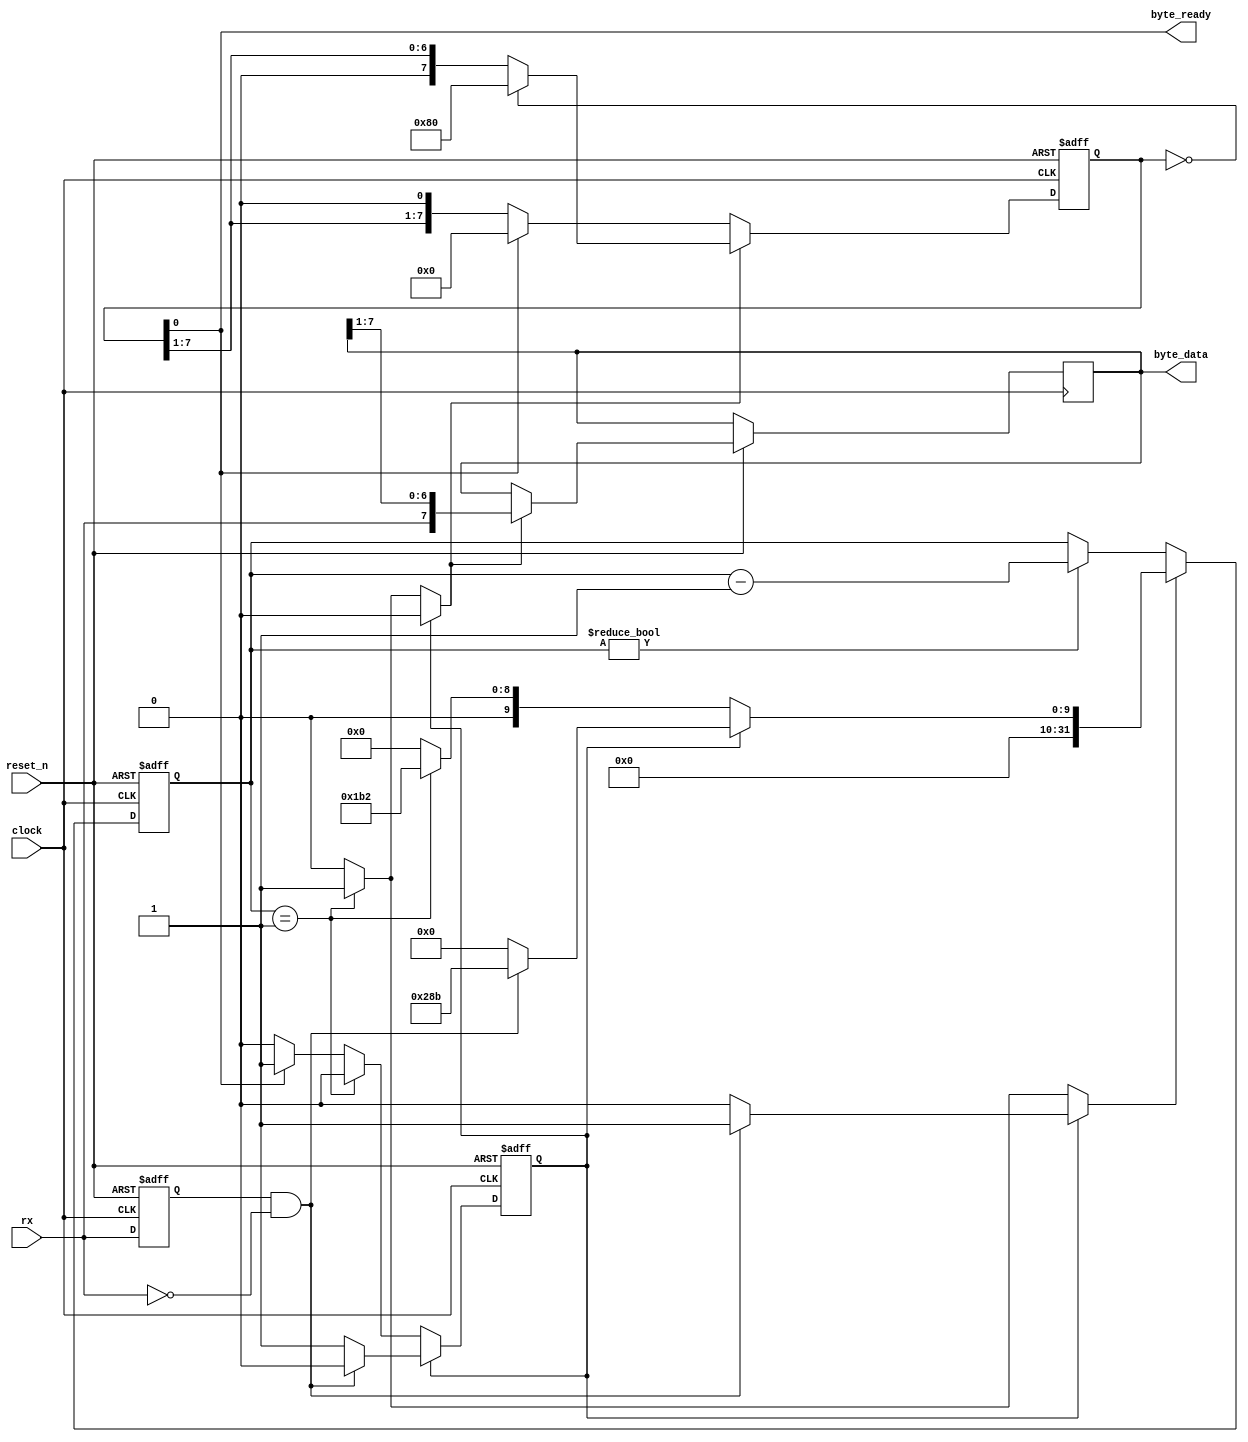
module uart_receiver
(
    input  clock,
    input  reset_n,
    input  rx,
    output reg [7:0] byte_data,
    output           byte_ready
);

    parameter  clock_frequency        = 50000000;
    parameter  baud_rate              = 115200;
    localparam clock_cycles_in_symbol = clock_frequency / baud_rate;

    // Finding edge for start bit

    reg prev_rx;

    always @(posedge clock or negedge reset_n)
    begin
        if (! reset_n)
            prev_rx <= 1;
        else
            prev_rx <= rx;
    end

    wire start_bit_edge = prev_rx & ! rx;

    // Counter to measure distance between symbols

    reg [31:0] counter;
    reg        load_counter;
    reg [31:0] load_counter_value;

    always @(posedge clock or negedge reset_n)
    begin
        if (! reset_n)
            counter <= 0;
        else if (load_counter)
            counter <= load_counter_value;
        else if (counter != 0)
            counter <= counter - 1;
    end

    wire counter_done = counter == 1;

    // Shift register to accumulate data

    reg       shift;
    reg [7:0] shifted_1;
    assign    byte_ready = shifted_1 [0];

    always @ (posedge clock or negedge reset_n)
    begin
        if (! reset_n)
        begin
            shifted_1 <= 0;
        end
        else if (shift)
        begin
            if (shifted_1 == 0)
                shifted_1 <= 8'b10000000;
            else
                shifted_1 <= shifted_1 >> 1;

            byte_data <= { rx, byte_data [7:1] };
        end
        else if (byte_ready)
        begin
            shifted_1 <= 0;
        end
    end

    reg idle, idle_r;

    always @*
    begin
        idle  = idle_r;
        shift = 0;

        load_counter        = 0;
        load_counter_value  = 0;

        if (idle)
        begin
            if (start_bit_edge)
            begin
                load_counter       = 1;
                load_counter_value = clock_cycles_in_symbol * 3 / 2;
           
                idle = 0;
            end
        end
        else if (counter_done)
        begin
            shift = 1;

            load_counter       = 1;
            load_counter_value = clock_cycles_in_symbol;
        end
        else if (byte_ready)
        begin
            idle = 1;
        end
    end

    always @ (posedge clock or negedge reset_n)
    begin
        if (! reset_n)
            idle_r <= 1;
        else
            idle_r <= idle;
    end

endmodule

//--------------------------------------------------------------------

module single_digit_display
(
    input      [3:0] digit,
    output reg [6:0] seven_segments
);

    always @*
        case (digit)
        'h0: seven_segments = 'b1000000;  // a b c d e f g
        'h1: seven_segments = 'b1111001;
        'h2: seven_segments = 'b0100100;  //   --a--
        'h3: seven_segments = 'b0110000;  //  |     |
        'h4: seven_segments = 'b0011001;  //  f     b
        'h5: seven_segments = 'b0010010;  //  |     |
        'h6: seven_segments = 'b0000010;  //   --g--
        'h7: seven_segments = 'b1111000;  //  |     |
        'h8: seven_segments = 'b0000000;  //  e     c
        'h9: seven_segments = 'b0011000;  //  |     |
        'ha: seven_segments = 'b0001000;  //   --d-- 
        'hb: seven_segments = 'b0000011;
        'hc: seven_segments = 'b1000110;
        'hd: seven_segments = 'b0100001;
        'he: seven_segments = 'b0000110;
        'hf: seven_segments = 'b0001110;
        endcase

endmodule

//--------------------------------------------------------------------

module de0_cv_user
(
    input         CLOCK_50,
    input         RESET_N,
    input  [ 3:0] KEY,
    input  [ 9:0] SW,
    output [ 9:0] LEDR,
    output [ 6:0] HEX0,
    output [ 6:0] HEX1,
    output [ 6:0] HEX2,
    output [ 6:0] HEX3,
    output [ 6:0] HEX4,
    output [ 6:0] HEX5,
    inout  [35:0] GPIO_0,
    inout  [35:0] GPIO_1
);

    wire uart_rx = GPIO_1 [31];

    assign LEDR = { 10 { uart_rx } };
    
    wire [7:0] new_byte_data;
    wire       new_byte_ready;

    uart_receiver uart_receiver
    (
        .clock      ( CLOCK_50       ),
        .reset_n    ( RESET_N        ),
        .rx         ( uart_rx        ),
        .byte_data  ( new_byte_data  ),
        .byte_ready ( new_byte_ready )
    );                     

    reg [7:0] byte_data;
    reg [7:0] byte_data_1;
    reg [7:0] byte_data_2;

    always @ (posedge CLOCK_50 or negedge RESET_N)
    begin
        if (! RESET_N)
        begin
            byte_data   <= 0;
            byte_data_1 <= 0;
            byte_data_2 <= 0;
        end
        else if (new_byte_ready)
        begin
            byte_data   <= new_byte_data;
            byte_data_1 <= byte_data;
            byte_data_2 <= byte_data_1;
        end
    end

    single_digit_display digit_0 (byte_data   [ 3:0], HEX0);
    single_digit_display digit_1 (byte_data   [ 7:4], HEX1);
    single_digit_display digit_2 (byte_data_1 [ 3:0], HEX2);
    single_digit_display digit_3 (byte_data_1 [ 7:4], HEX3);
    single_digit_display digit_4 (byte_data_2 [ 3:0], HEX4);
    single_digit_display digit_5 (byte_data_2 [ 7:4], HEX5);

endmodule